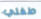
طفلي